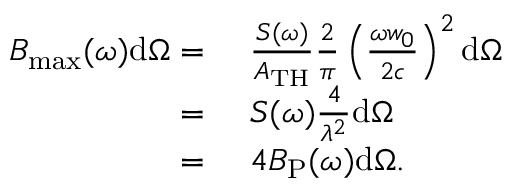
\begin{array} { r l } { B _ { \mathrm { m a x } } ( \omega ) \mathrm { d } \Omega = } & { \, \, \frac { S ( \omega ) } { A _ { \mathrm { T H } } } \frac { 2 } { \pi } \left( \frac { \omega w _ { 0 } } { 2 c } \right) ^ { 2 } \mathrm { d } \Omega } \\ { = } & { \, \, S ( \omega ) \frac { 4 } { \lambda ^ { 2 } } \mathrm { d } \Omega } \\ { = } & { \, \, 4 B _ { \mathrm { P } } ( \omega ) \mathrm { d } \Omega . } \end{array}